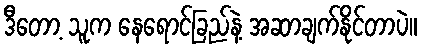
ဒီတော့ သူက နေရောင်ခြည်နဲ့ အဆာချက်နိုင်တာပဲ။